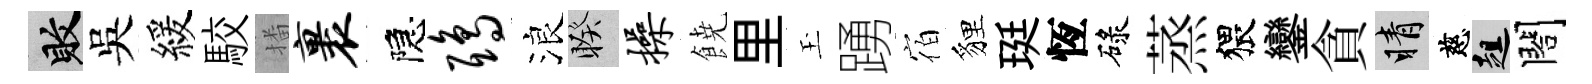
敗吳緩駮播裹隠鸱浪睽操𩜙里玉踴宿貍珽恆碌蒸猥鑾貪睛慈趄閤